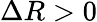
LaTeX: \Delta R>0